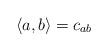
LaTeX: \begin{align*} \langle a, b\rangle=c_{ab}\end{align*}